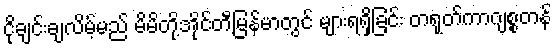
ငိုချင်းချလိမ့်မည် မိမိတို့အိုင်တီမြန်မာတွင် များရရှိခြင်း တရုတ်ကာဂျစ္စတန်